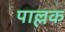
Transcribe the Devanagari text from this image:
पाल्लक